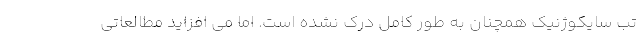
تب سایکوژنیک همچنان به طور کامل درک نشده است. اما می افزاید مطالعاتی